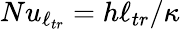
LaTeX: Nu_{\ell_{tr}}=h\ell_{tr}/\kappa